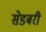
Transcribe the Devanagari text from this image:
सेडबरी